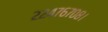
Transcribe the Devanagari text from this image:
२२४७६७०८।